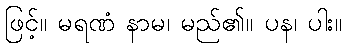
ဖြင့်။ မရဏံ နာမ၊ မည်၏။ ပန၊ ပါး။